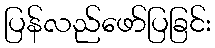
ပြန်လည်ဖော်ပြခြင်း